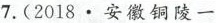
7.(2018.安徽铜陵一